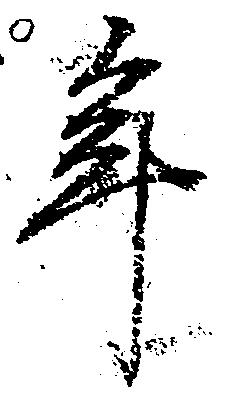
年